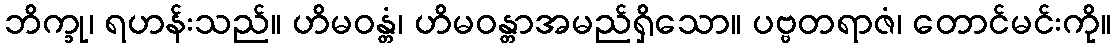
ဘိက္ခု၊ ရဟန်းသည်။ ဟိမဝန္တံ၊ ဟိမဝန္တာအမည်ရှိသော။ ပဗ္ဗတရာဇံ၊ တောင်မင်းကို။